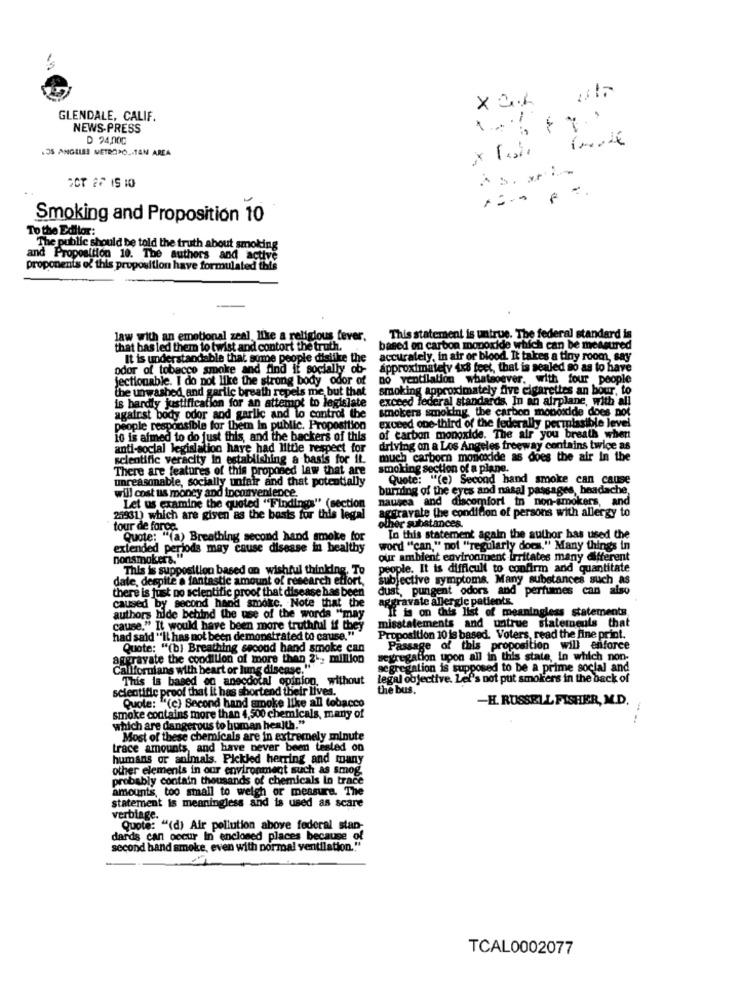
X CL Bl
GLENDALE, CALIF.
NEWS-PRESS
D 24,000
LOS ANGELES METROPOLITAN AREA
Smoking and Proposition 10
To the Editor:
The public should be told the truth about smoking
and Proposition 10. The authors and active
proponents of this proposition have formulated this
law with an emotional zeal like a religious fever,
This statement is untrue. The federal standard is
that has led them to twist and contort the truth.
based on carbon monoxide which can be measured
It is understandable that some people dislike the
accurately, in air or blood. It takes a tiny room, say
odor of tobacco smoke and find if socially ob-
approximatety 4x8 feet, that is sealed so as to have
jectionable. I do not like the strong body odor of
no ventilation whatsoever, with four people
the unwashed and garlic breath repels me but that
smoking approximately five cigarettes an bour, to
is hardly justification for an attempt to legislate
exceed lederal standards, In an airplane, with all
smokers smoking the carbon monoxide does not
against body odor and garlic and lo control the
people responsible for them In public. Proposition
exceed one-third of the federally permissible level
10 is afmed to do just this, and the backers of this
of carbon monoxide. The air you breath when
anti-social legislation have had little respect for
driving on a Los Angeles freeway contains twice as
scientific veracity in establishing a basis for IL.
much carborn monoxide as does the air In the
There are features of this proposed law that are
smoking section of a plane.
unreasonable, socially unfair and that potentially
Quete: "(e) Second hand smoke can cause
wil cost us money and inconvenience.
burning of the eyes and nasal passages, headache
nausea and discomfort in non-smokers, and
Let us examine the queted "Findings" (section
aggravate the condition of persons with allergy to
25931) which are given as the basis for this legal
tour de force.
other substances.
Quote: "(a) Breathing second hand smoke for
In this statement again the author has used the
extended periods may cause disease in healthy
word "can," not "regularly does." Many things in
nonsmokers."
our ambient environment irritates many different
This is supposition based on wishful thinking. To
people. It is difficult to confirm and quantitate
date, despite a fantastic amount of research effort,
subjective symptoms. Many substances such as
there is just no scientific proof that disease has been
dust, pungent odors and perfumes can also
caused by second hand smoke. Note that the
aggravate allergic patients.
If is on this list of meaningless statements
authors hide behind the use of the words "may
misstatements and untrue staterneuls that
cause." It would have been more truthful if they
had said "It has not been demonstrated to cause."
Proposition 10 is based. Voters, read the fine print.
Quote: "(b) Breathing second hand smoke can
Passage of this proposition will enforce
aggravate the condition of more than 2 .., million
segregation upon all in this state, in which non-
Californians with heart or lung disease."
segregation is supposed to be a prime social and
This is based on anecdotal opinion, without
legal cojective. Let's not put smokiens in the back of
scientific proof that it has shortend their lives.
the bus."
Quote: "(c) Second hand smoke like all tobacco
-H. RUSSELL FISHER, M.D.
smoke contains more than 4,500 chemicals, many of
which are dangerous to human health."
Most of these chemicals are in extremely minute
trace amounts, and have never been tested on
humans or animals. Pickled herring and many
other elements in our environment such as smog.
probably contain thousands of chemicals In trace
amounts, too small to weigh or measure. The
statement is meaningless and is used as scare
verbiage.
Quote: "(d) Air pollution above federal stan-
dards can occur In enclosed places because of
second hand smoke, even with pormal ventilation.""
TCAL0002077